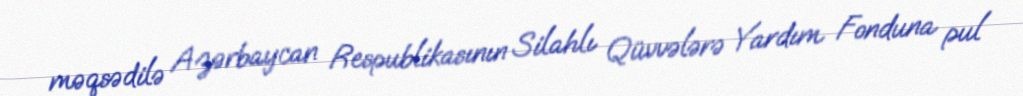
məqsədilə Azərbaycan Respublikasının Silahlı Qüvvələrə Yardım Fonduna pul